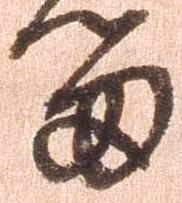
留